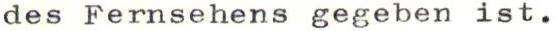
des Fernsehens gegeben ist.